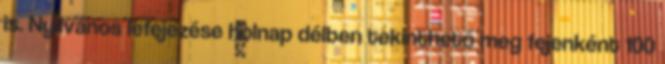
is. Nyilvános lefejezése holnap délben tekinthető meg fejenként 100